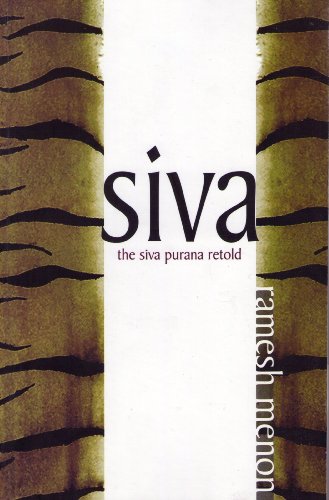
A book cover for Siva: The Siva Purana Retold; Ramesh Menon; Religion & Spirituality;